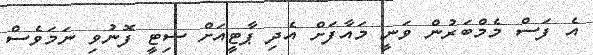
އެ ފަސް މެމްބަރުން ވަނީ މައާފަށް އެދި ޕާޓީއަށް ސިޓީ ފޮނުވި ނަމަވެސް